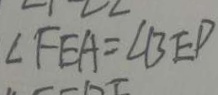
\angle F E A = \angle B E D